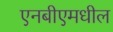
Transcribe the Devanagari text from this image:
एनबीएमधील